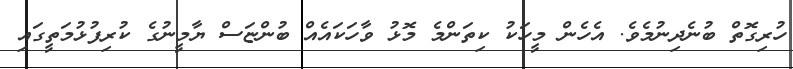
ހުރިގޮތް ބުނެދިނުމެވެ. އެހެން މީހަކު ކިތަންމެ މޮޅު ވާހަކައެއް ބުންޏަސް ޔާމީނުގެ ކުރިފުޅުމަތީގައި